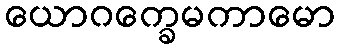
ယောဂက္ခေမကာမော